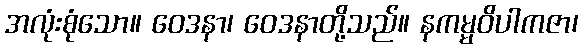
အလုံးစုံသော။ ဝေဒနာ၊ ဝေဒနာတို့သည်။ နကမ္မဝိပါကဇာ၊